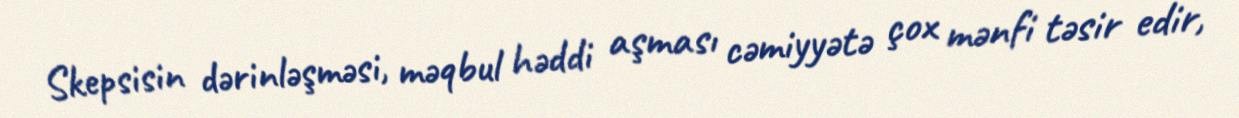
Skepsisin dərinləşməsi, məqbul həddi aşması cəmiyyətə çox mənfi təsir edir,